Vaccine operations Central Provinces & Berar 1922-1929 - 1922-1929
Year: 1922
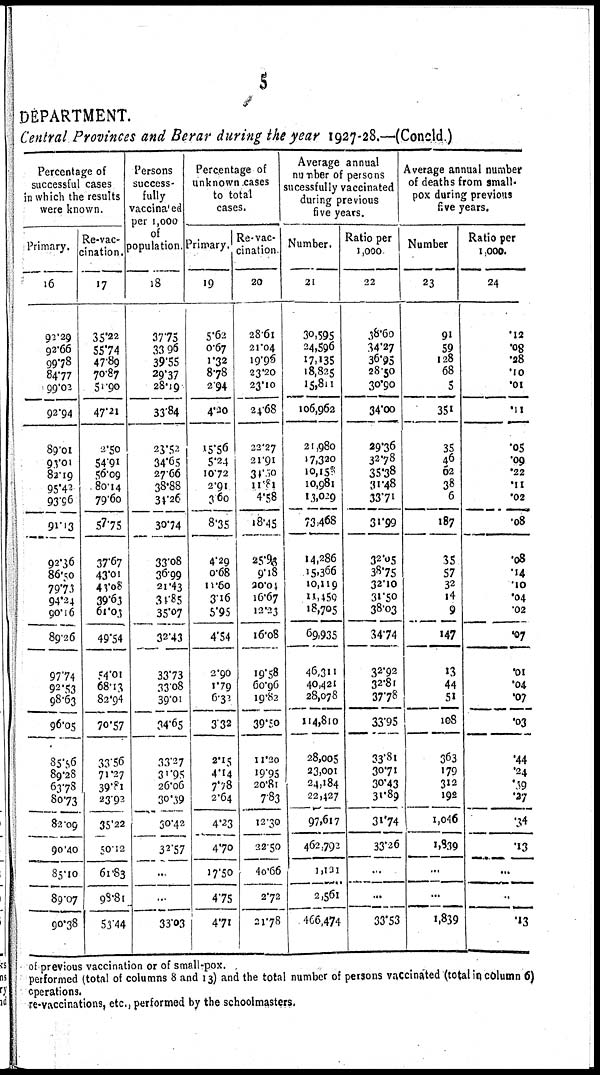
5
DEPARTMENT.
Central Provinces and Berar during the year 1927-28.—(Concld)
Percentage of
successful cases
in which the results
were known.
Primary.
16
92.29
92.66
99.78
84.77
99.02
92.94
89.01
90.01
82.19
95.42
93.96
91.13
92.36
86.50
79.73
94.24
90.16
89.26
97.74
92.53
98.63
96.05
85.56
89.28
63.78
80.73
82.09
90.40
85.10
89.07
90.38
Re-vac-
cination.
17
35.22
55.74
47.89
70.87
51.90
47.21
2.50
54.91
56.09
80.14
79.60
57.75
37.67
43.01
40.08
39.63
61.03
49.54
54.01
68.13
82.94
70.57
33.56
71.27
39.81
23.92
35.22
50.12
61.83
98.81
53.44
Persons
success-
fully
vaccinated
per 1,000
of
population.
18
37.75
33.96
39.55
29.37
28.19
33.84
23.52
34.65
27.66
38.88
34.26
30.74
33.08
36.99
21.43
31.85
35.07
32.43
33.73
33.08
39.01
34.65
33.27
31.95
26.06
30.39
30.42
32.57
...
...
33.03
Percentage of
unknown cases
to total
cases.
Primary.
19
5.62
0.67
1.32
8.78
2.94
4.10
15.56
5.24
10.72
2.91
3.60
8.35
4.29
0.68
11.60
3.16
5.95
4.54
2.90
1.79
6.30
3.32
2.15
4.14
7.78
2.64
4.23
4.70
17.50
4.75
4.71
Re-vac-
cination
20
28.61
21.04
19.96
23.20
23.10
24.68
22.27
21.91
31.00
11.81
4.58
18.45
25.98
9.18
20.04
16.67
12.23
16.08
19.58
60.96
19.82
39.50
11.20
19.95
20.81
7.83
12.30
32.50
40.66
2.72
21.78
Average annual
number of persons
sucessfully vaccinated
during previous
five years.
Number.
21
30,595
24,596
17,135
18,825
15,811
106,962
21,980
17,320
10,150
10,981
13,029
73,468
14,286
15,366
10,119
11,459
18,705
69,935
46,311
40,421
28,078
114,810
28,005
23,001
24,184
22,427
97,617
462,792
1,121
2,561
466,474
Ratio per
1,000
22
38.60
34.27
36.95
28.50
30.90
34.00
29.36
32.78
35.38
31.48
33.71
31.99
32.05
38.75
32.10
31.50
38.03
34.74
32.92
32.81
37.78
33.95
33.81
30.71
30.43
31.89
31.74
33.26
...
...
33.53
Average annual number
of deaths from small-
pox during previous
five years.
Number
23
91
59
128
68
5
351
35
46
62
38
6
187
35
57
32
14
9
147
13
44
51
108
363
179
312
192
1,046
1,839
...
...
1,839
Ratio per
1,000.
24
.12
.08
.28
.10
.01
.11
.05
.09
.22
.11
.02
.08
.08
.14
.10
.04
.02
.07
.01
.04
.07
.03
.44
.24
.39
.27
.34
.13
...
...
.13
of previous vaccination or of small-pox.
performed (total of columns 8 and 13) and the total number of persons vaccinated (total in column 6)
operations.
re-vaccinations, etc., performed by the schoolmasters.